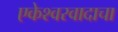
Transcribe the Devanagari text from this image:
एकेश्वरवादाचा